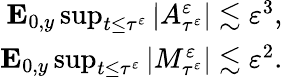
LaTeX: \begin{array}{r}{\mathbf{E}_{0,y}\operatorname*{sup}_{t\leq\tau^{\varepsilon}}|A_{\tau^{\varepsilon}}^{\varepsilon}|\lesssim\varepsilon^{3},}\\ {\mathbf{E}_{0,y}\operatorname*{sup}_{t\leq\tau^{\varepsilon}}|M_{\tau^{\varepsilon}}^{\varepsilon}|\lesssim\varepsilon^{2}.}\end{array}